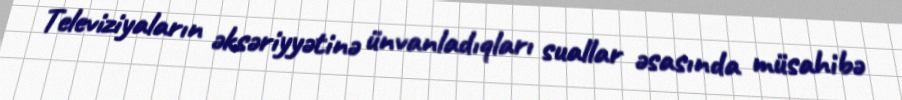
Televiziyaların əksəriyyətinə ünvanladıqları suallar əsasında müsahibə